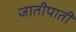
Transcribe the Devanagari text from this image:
जातीपाती